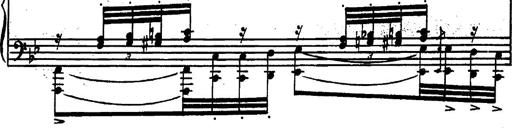
Title: Magyar rapszÃ³diÃ¡k
Composer: Franz Liszt